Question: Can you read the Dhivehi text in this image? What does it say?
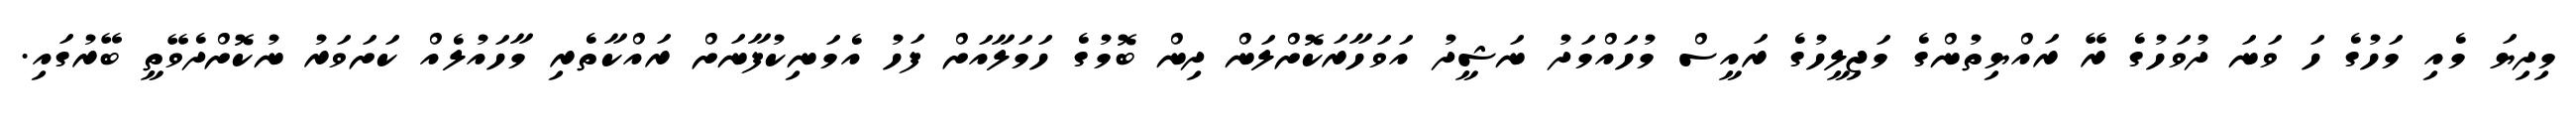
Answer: މިދިޔަ މެއި މަހުގެ ހަ ވަނަ ދުވަހުގެ ރޭ ރައްޔިތުންގެ މަޖިލީހުގެ ރައީސް މުހައްމަދު ނަޝީދު އަވަހާރަކޮށްލަން ދިން ބޮމުގެ ހަމަލާއަށް ފަހު އެމަނިކުފާނަށް ރައްކާތެރި މާހައުލެއް ކަށަވަރު ނުކޮށްދެވޭތީ ބޭރުގައި.